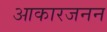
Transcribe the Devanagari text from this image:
आकारजनन